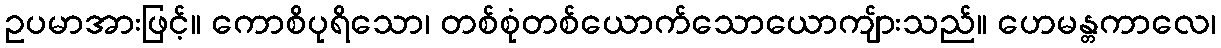
ဥပမာအားဖြင့်။ ကောစိပုရိသော၊ တစ်စုံတစ်ယောက်သောယောကျ်ားသည်။ ဟေမန္တကာလေ၊